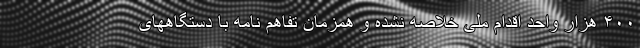
۴۰۰ هزار واحد اقدام ملی خلاصه نشده و همزمان تفاهم نامه با دستگاههای